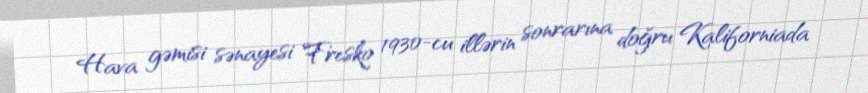
Hava gəmisi sənayesi Fresko 1930-cu illərin sonrarına doğru Kaliforniada